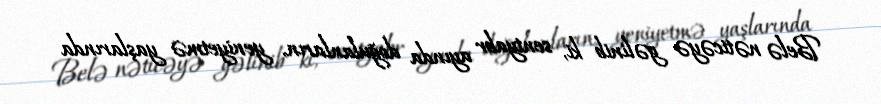
Belə nəticəyə gəlinib ki, sentyabr ayında doğulanların, yeniyetmə yaşlarında